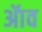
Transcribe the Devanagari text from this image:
ॲाव